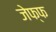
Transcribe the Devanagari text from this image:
जेफ्फ